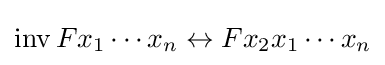
\operatorname {inv} Fx_{1}\cdots x_{n}\leftrightarrow Fx_{2}x_{1}\cdots x_{n}